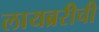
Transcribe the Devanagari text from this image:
लायब्ररीची